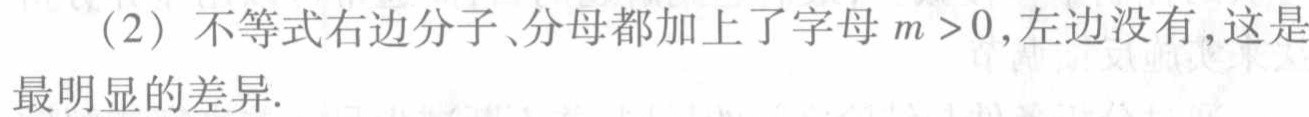
（2）不等式右边分子、分母都加上了字母 \(m > 0\)，左边没有，这是最明显的差异.